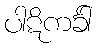
ပါဋိကင်္ခါ